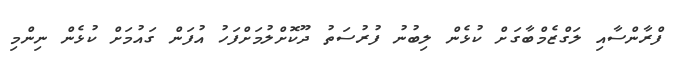
ފްރާންސާއި ލަގްޒެމްބާގަށް ކުޅެން ލިބުނު ފުރުސަތު ދޫކޮށްލުމަށްފަހު އުފަން ގައުމަށް ކުޅެން ނިންމި